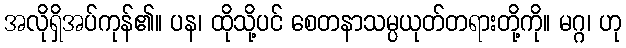
အလိုရှိအပ်ကုန်၏။ ပန၊ ထိုသို့ပင် စေတနာသမ္ပယုတ်တရားတို့ကို။ မဂ္ဂ၊ ဟု